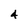
Character: 4